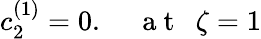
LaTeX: c_{2}^{(1)}=0.~~~~~\mathrm{~a~t~}~~\zeta=1